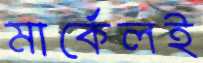
মার্কেলই